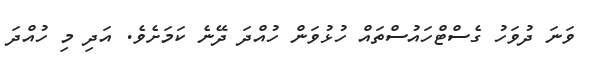
ވަނަ ދުވަހު ގެސްޓްހައުސްތައް ހުޅުވަން ހުއްދަ ދޭނެ ކަމަށެވެ. އަދި މި ހުއްދަ